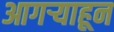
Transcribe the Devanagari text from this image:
आगऱ्याहून